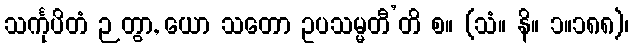
သင်္ကုပိတံ ဉတွာ, ယော သတော ဥပသမ္မတီ’တိ စ။ (သံ။ နိ။ ၁။၁၈၈)၊